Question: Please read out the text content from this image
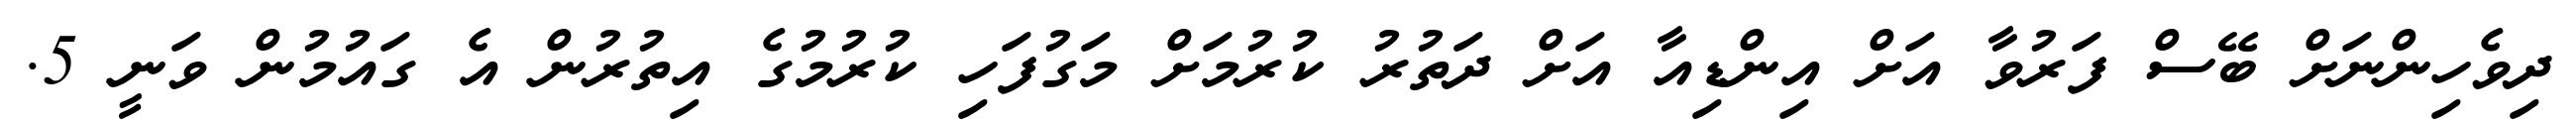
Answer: ދިވެހިންނަށް ބޭސް ފަރުވާ އަށް އިންޑިއާ އަށް ދަތުރު ކުރުމަށް މަގުފަހި ކުރުމުގެ އިތުރުން އެ ގައުމުން ވަނީ 5.